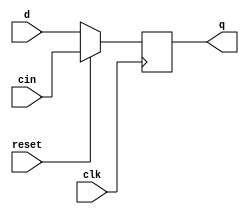
`timescale 1ns / 1ps

//////////////////////////////////////////////////////////////////////////////////
// Assignment No: 6
// Group No     : 8
// Problem No   : 2
// Group Members: Suhas Jain    (19CS30048)
//                Monal Prasad  (19CS30030)
// Semester No  : 5 (Autumn 2021-22)
//////////////////////////////////////////////////////////////////////////////////

// Module to implement a D-Flip Flop

module dff (
    input clk,
    input reset,
    input d,
    input cin,
    output reg q
);  
    /*
        clk:    Clock
        reset:  Reset bit of the dff 
        d:      Data input of the flip flop
        cin:    Input to be set when reset = 1
        q:      Output bit of the flip flop
    */

    // Sequential Control (FLIP FLOP CONTROL)
    // Asynchronous reset
    always @(posedge clk) begin
        if (reset) begin
            // Asynchronous reset when reset goes high
            q <= cin;
        end 
        else begin
            // Assign D to Q on positive clock edge
            q <= d;
        end
    end
    
endmodule